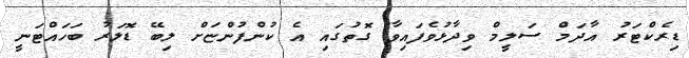
ޑިރެކްޓަރު އާދަމް ސަލީމް ވިދާޅުވެފައިވާ ގޮތުގައި އެ ކުންފުންޏަށް ލިބޭ ޑޮލަރު ބަހައްޓަނީ